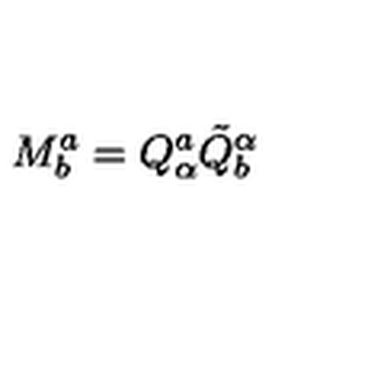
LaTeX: M _ { b } ^ { a } = Q _ { \alpha } ^ { a } \tilde { Q } _ { b } ^ { \alpha }